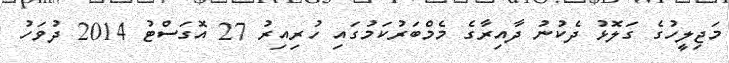
މަޖިލީހުގެ ގަލޮޅު ދެކުނު ދާއިރާގެ މެމްބަރުކަމުގައި ހުރިއިރު 27 އޮގަސްޓު 2014 ދުވަހު